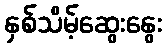
နှစ်သိမ့်ဆွေးနွေး